Civil Veterinary Dept. Bombay admin report 1907-1913 - 1907-1913
Year: 1907
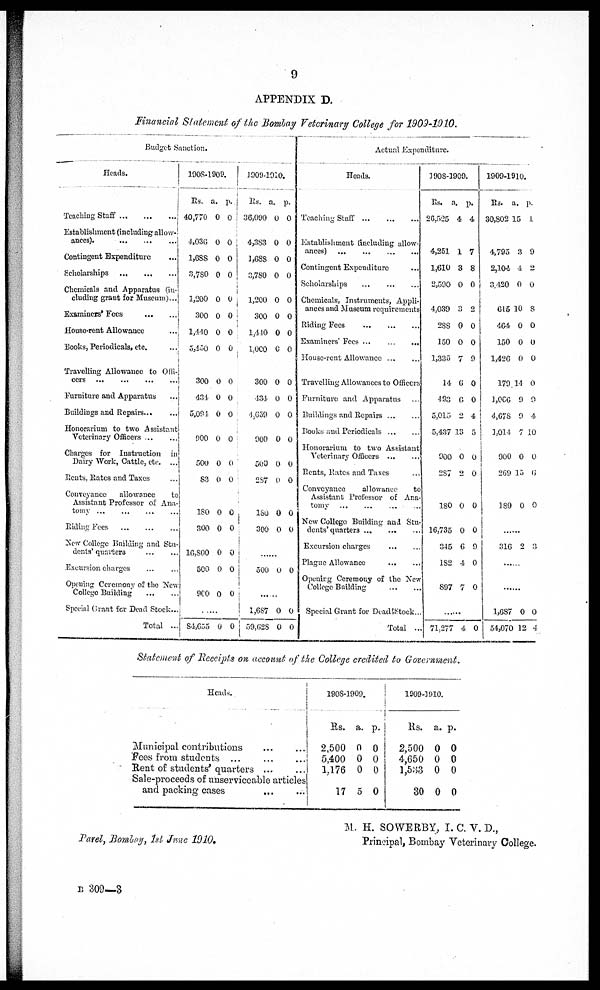
9
APPENDIX D.
Financial Statement of the Bombay Veterinary College for 1909-1910.
Budget Sanction.
Heads.
Teaching Staff
...
...
...
Establishment (including allow-
ances).
...
...
...
Contingent Expenditure ...
Scholarships
...
...
...
Chemicals and Apparatus (iu-j
eluding grant for Museum) ...
Examiners'Fees
...
...
House-rent Allowance
...
Books, Periodicals, etc.
...
Travelling Allowance to Ofii-
cers
...
...
...
...
Furniture and Apparatus
Buildings and Repairs
Honorarium to two Assistant
Veterinary Officers
Charges for Instruction in
Dairy Work, Cattle, etc. ...
Rents, Rates and Taxes ...
Conveyance
allowance
to
Assistant Professor of Ana-
tomy
...
...
...
...
Biding Fees
New College Building and Stu
dents' quarters
...
...
Excursion charges ... ...
Opening Ceremony of the New
College Building ... ...
Special Grant for Dead Stock..
Total ...
1908-1909.
Its. a. p.
40,770 0 0
4,036 0 0
1,638 0 0
3,780 0 0
1,200 0 0
300 0 0
1,440 0 0
5,450 0 0
300 0 0
431. 0 0
5,094. 0 0
900 0 0
500 0 0
83 0 0
180 0 0
300 0 0
16,800 0 0
500 0 O
960 0 0
.......
84,655
0 0
1909-1910.
Rs. a. p.
36,090 0 0
4,383 0 0
1,688 0 0
3,780 0 0
1,200 0 0
300 0 0
1,440 0 0
1,000 0 0
300 0 0
434, 0 0
4,659 0 0
900 0 0
500 0 0
287 0 0
18O 0 0
3oo 0 0
500 0 0
.........
1,687 0 0
59628 0 0
Actual Expenditure.
Heads.
Teaching Staff
...
...
...
Establishment (including allow-
ances)
...
...
...
...
Contingent Expenditure ...
Scholarships
...
...
...
Chemicals, Instruments, Appli-
ances and Museum requirements
Riding Fees
...
...
...
Examiners' Fees ... ... ...
House-rent Allowance
...
...
Travelling Allowances to Officers
Furniture and Apparatus ...
Buildings and Repairs
...
...
Books and Periodicals ... ...
Honorarium to two Assistant
Veterinary Officers
...
...
Rents, Rates and Taxes ...
Conveyance
allowance
to
Assistant Professor of Ana
tomy
...
...
...
...
New College Building and Stu
dents'quarters ... ... ...
Excursion charges
Plague Allowance
...
...
Opening Ceremony of the New
College Building ... ...
Special Grant for Deadstock..
Total ..
1908-1909.
Rs. a. p.
26,525 4 4
4,251 1 7
1,610 3 8
2,590 O 0
4,039 3 2
288 0 0
150 O 0
1,330 7 9
14 6 0
493 0 0
5,015 2 4
5,437 13 5
900 0 0
287 2 0
180 0 0
16,735 0 0
345 6 9
182 4 0
897 7 0
.......
71,277 4 O
1909-1910.
Rs. a. p.
30,802 15 1
4,795 3 9
2,1.04 4 2
3.420 0 0
615 10 8
464 0 O
150 0 O
1,426 0 0
179 14 0
1066 9 0
4,678 9 4
1,014 7 10
900 0 0
269 15 6
18O
0 0
316 2 3
.......
1,687 0 0
54,070 12 4
Statement of Receipts on account of the College credited to Government.
Municipal contributions
...
...
Fees from students ...
...
...
Rent of students'quarters ...
...
Sale-proceeds of unserviceable articles
and packing cases
...
...|
1908-1909.
Rs. a. p.
2,500 0 0
5,400 0 0
1,176 0 0
17 5 0
1909-1910.
Rs. a. p.
2,500 0 0
4,650 0 0
l,533 0 0
30 0 0
Parel, Bombay, 1st June 1910,
M. H. SOWERBY, I. C. V. D.,
Principal, Bombay Veterinary College.
b 309—3